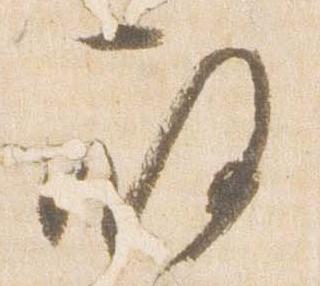
殿